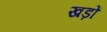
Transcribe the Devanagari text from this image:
खड़ों